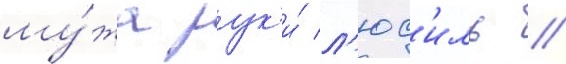
му́жа рук'и́ л'юс'иль //